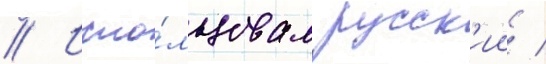
// Испо́льзовал русск'ии /